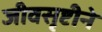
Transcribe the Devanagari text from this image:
जीवसृष्टीने